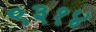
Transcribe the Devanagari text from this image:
९३१४